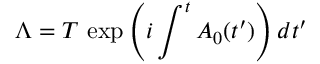
\Lambda = T \, \exp \left( i \int ^ { t } A _ { 0 } ( t ^ { \prime } ) \right) d t ^ { \prime }